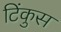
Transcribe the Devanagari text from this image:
टिंकुस